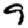
Digit: 9